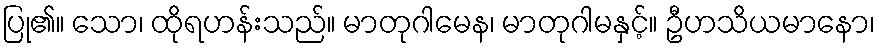
ပြု၏။ သော၊ ထိုရဟန်းသည်။ မာတုဂါမေန၊ မာတုဂါမနှင့်။ ဦဟသိယမာနော၊